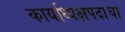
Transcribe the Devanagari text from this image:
कार्याध्यक्षपदाचा